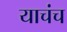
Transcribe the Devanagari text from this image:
याचंच